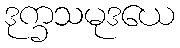
ဒုက္ခသမုဒယေ